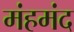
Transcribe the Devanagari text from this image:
मंहमंद